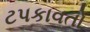
ટપકાવતો